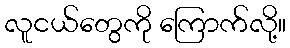
လူငယ်တွေကို ကြောက်လို့။